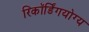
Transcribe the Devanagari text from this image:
रिकॉर्डिंगयोग्य